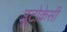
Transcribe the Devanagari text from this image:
प्लूटोक्रेसी